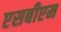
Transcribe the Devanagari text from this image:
एसबीएम